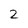
Character: 2